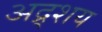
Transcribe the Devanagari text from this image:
अद्र्शय